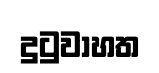
දුටුවාහත